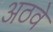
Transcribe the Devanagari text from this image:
अठवे